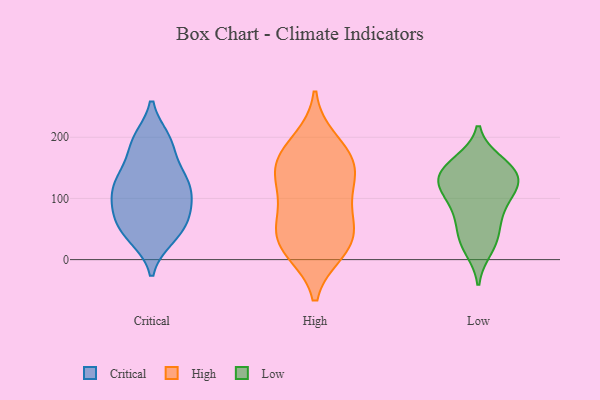
{"axis": {"x": "Conversion Rate (%)", "y": "Value"}, "legend": ["Critical", "High", "Low"], "data": [{"x": "", "y": 133, "type": "Critical"}, {"x": "", "y": 47, "type": "Critical"}, {"x": "", "y": 194, "type": "Critical"}, {"x": "", "y": 85, "type": "Critical"}, {"x": "", "y": 158, "type": "Critical"}, {"x": "", "y": 120, "type": "Critical"}, {"x": "", "y": 120, "type": "Critical"}, {"x": "", "y": 93, "type": "Critical"}, {"x": "", "y": 117, "type": "Critical"}, {"x": "", "y": 77, "type": "Critical"}, {"x": "", "y": 134, "type": "Critical"}, {"x": "", "y": 37, "type": "Critical"}, {"x": "", "y": 76, "type": "Critical"}, {"x": "", "y": 35, "type": "Critical"}, {"x": "", "y": 193, "type": "Critical"}, {"x": "", "y": 56, "type": "Critical"}, {"x": "", "y": 197, "type": "Critical"}, {"x": "", "y": 109, "type": "High"}, {"x": "", "y": 36, "type": "High"}, {"x": "", "y": 19, "type": "High"}, {"x": "", "y": 157, "type": "High"}, {"x": "", "y": 92, "type": "High"}, {"x": "", "y": 15, "type": "High"}, {"x": "", "y": 59, "type": "High"}, {"x": "", "y": 193, "type": "High"}, {"x": "", "y": 39, "type": "High"}, {"x": "", "y": 167, "type": "High"}, {"x": "", "y": 139, "type": "High"}, {"x": "", "y": 154, "type": "High"}, {"x": "", "y": 155, "type": "Low"}, {"x": "", "y": 71, "type": "Low"}, {"x": "", "y": 78, "type": "Low"}, {"x": "", "y": 128, "type": "Low"}, {"x": "", "y": 37, "type": "Low"}, {"x": "", "y": 148, "type": "Low"}, {"x": "", "y": 127, "type": "Low"}, {"x": "", "y": 113, "type": "Low"}, {"x": "", "y": 97, "type": "Low"}, {"x": "", "y": 137, "type": "Low"}, {"x": "", "y": 126, "type": "Low"}, {"x": "", "y": 159, "type": "Low"}, {"x": "", "y": 18, "type": "Low"}, {"x": "", "y": 33, "type": "Low"}]}